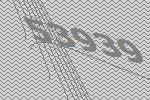
53939